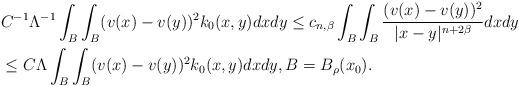
LaTeX: \begin{align*}& C^{-1}\Lambda^{-1}\int_{B}\int_{B}(v(x)-v(y))^{2}k_{0}(x,y)dxdy \leq c_{n,\beta}\int_{B}\int_{B}\frac{(v(x)-v(y))^{2}}{|x-y|^{n+2\beta}}dxdy \\& \leq C\Lambda \int_{B}\int_{B} (v(x)-v(y))^{2}k_{0}(x,y)dxdy, B = B_{\rho}(x_{0}).\end{align*}